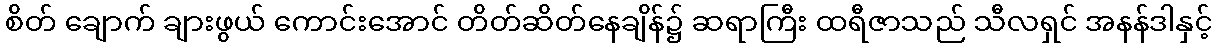
စိတ် ချောက် ချားဖွယ် ကောင်းအောင် တိတ်ဆိတ်နေချိန်၌ ဆရာကြီး ထရီဇာသည် သီလရှင် အနန်ဒါနှင့်